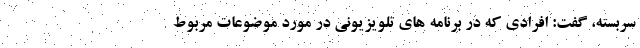
سربسته، گفت: افرادی که در برنامه های تلویزیونی در مورد موضوعات مربوط